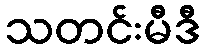
သတင်းမီဒီ